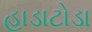
હાડાટોડા